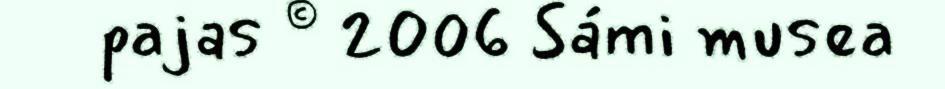
pajas © 2006 Sámi musea